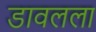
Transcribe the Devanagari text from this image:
डावलला